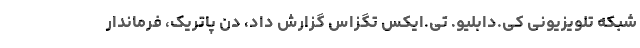
شبکه تلویزیونی کی.دابلیو. تی.ایکس تگزاس گزارش داد، دن پاتریک، فرماندار